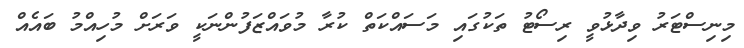
މިނިސްޓަރު ވިދާޅުވީ ރިސޯޓު ތަކުގައި މަސައްކަތް ކުރާ މުވައްޒަފުންނަކީ ވަރަށް މުހިއްމު ބައެއް